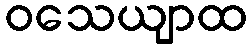
ဝသေယျာထ